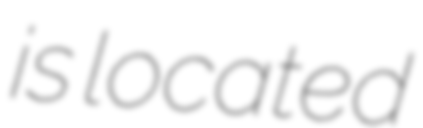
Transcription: is located